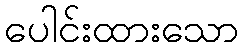
ပေါင်းထားသော